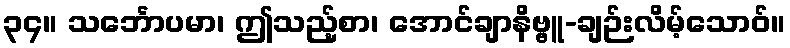
၃၄။ သင်္ဘောပမာ၊ ဤသည့်စာ၊ အောင်ချာနိဗ္ဗူ-ချဉ်းလိမ့်သောဝ်။